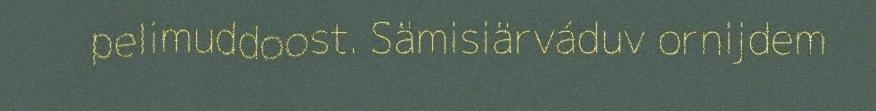
pelimuddoost. Sämisiärváduv ornijdem